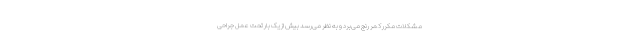
مشکلات مکرر کمر رنج می‌برد و به نظر می‌رسد بیش از یک بار تحت عمل جراحی